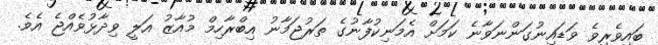
ބައިވެރިވެ ވަޑައިނުގަންނަވާނެ ކަމަށް އެމަނިކުފާނުގެ ތަރުޖަމާނު އިބްރާހިމް މުއާޒު އަލީ ވިދާޅުވެއްޖެ އެވެ.